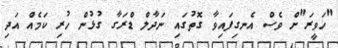
"ހަވީރަ"ށް ވެސް އެނގިފައިވާ ގޮތުގައި ނަދާލް ޑްރަގާ ގުޅުން ހުރި ކަމެއް އަދި